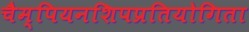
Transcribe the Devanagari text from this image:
चैम्पियनशिपप्रतियोगिता